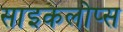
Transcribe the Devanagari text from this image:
साइकलोप्स